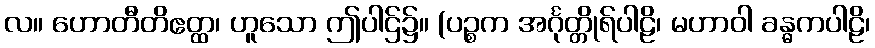
လ။ ဟောတီတိဧတ္ထ၊ ဟူသော ဤပါဌ်၌။ (ပဉ္စက အင်္ဂုတ္တိုရ်ပါဠိ၊ မဟာဝါ ခန္ဓကပါဠိ၊